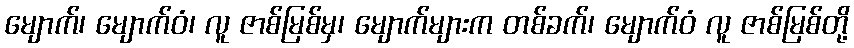
မျောက်၊ မျောက်ဝံ၊ လူ ဇာစ်မြစ်မှ၊ မျောက်များက တစ်ခက်၊ မျောက်ဝံ လူ ဇာစ်မြစ်တို့